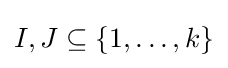
I,J\subseteq \{1,\ldots ,k\}